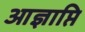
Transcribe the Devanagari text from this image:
आज्ञाप्ति